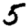
Digit: 5